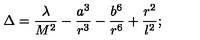
\Delta = \frac { \lambda } { M ^ { 2 } } - \frac { a ^ { 3 } } { r ^ { 3 } } - \frac { b ^ { 6 } } { r ^ { 6 } } + \frac { r ^ { 2 } } { l ^ { 2 } } ;